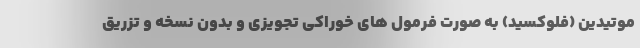
موتیدین (فلوکسید) به صورت فرمول های خوراکی تجویزی و بدون نسخه و تزریق